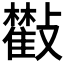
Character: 𣀧